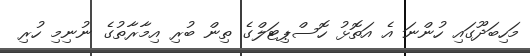
މަހިބަދޫގައި ހުންނަ އެ އަތޮޅު ހޮސްޕިޓަލްގެ ތިން ބުރި އިމާރާތުގެ ނުނިމި ހުރި